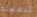
لنفعله